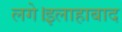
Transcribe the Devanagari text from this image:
लगे।इलाहाबाद